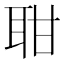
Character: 𦕐